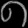
Digit: ၈